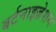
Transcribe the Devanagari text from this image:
बर्टनाइज़ेशन